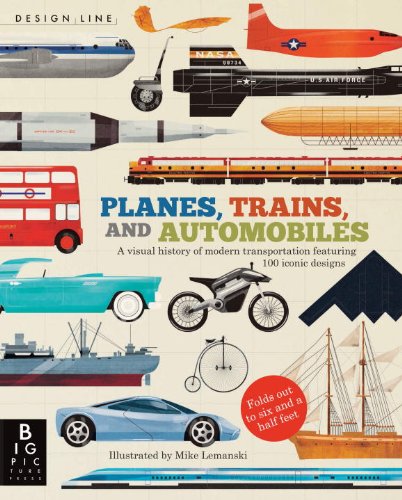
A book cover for Design Line: Planes, Trains, and Automobiles; Chris Oxlade; Children's Books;